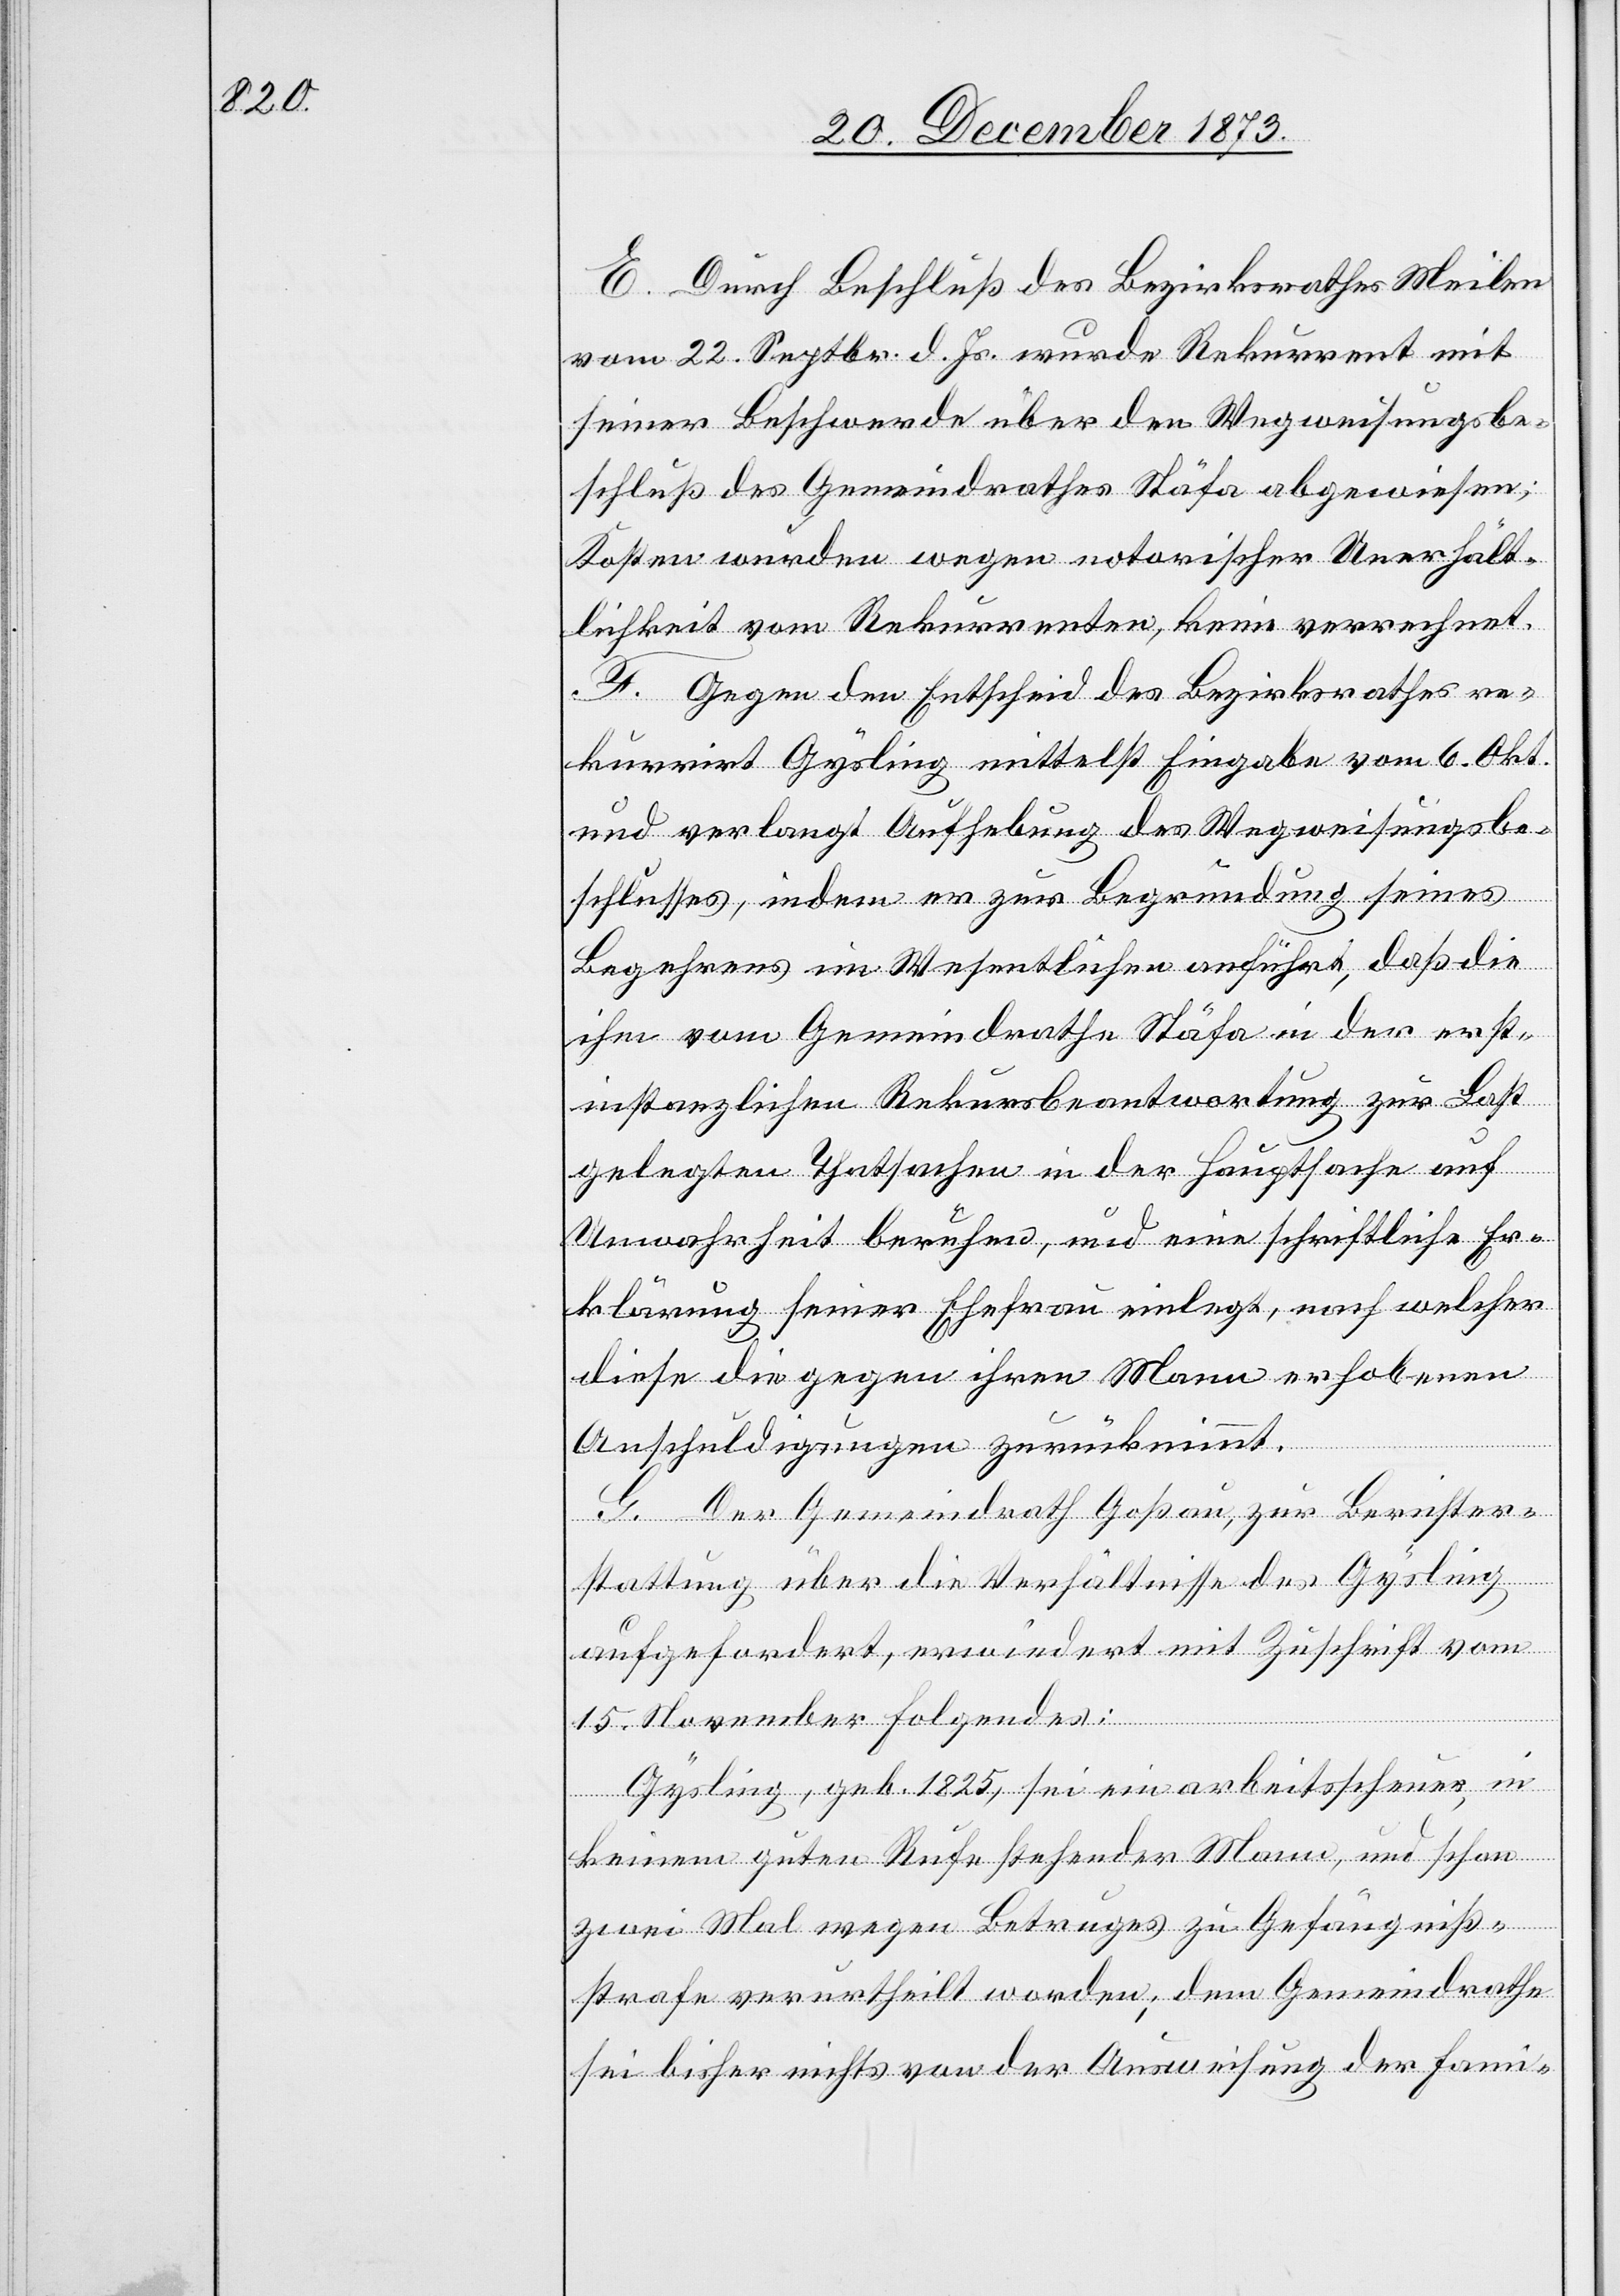
E. Durch Beschluß des Bezirksrathes Meilen
vom 22. Septbr. d. Js. wurde Rekurrent mit
seiner Beschwerde über den Wegweisungsbe¬
schluß des Gemeindrathes Stäfa abgewiesen;
Kosten wurden wegen notorischer Unerhält¬
lichkeit vom Rekurrenten, keine verrechnet.
F. Gegen den Entscheid des Bezirksrathes re¬
kurrirt Gysling mittelst Eingabe vom 6. Okt.
und verlangt Aufhebung des Wegweisungsbe¬
schlusses, indem er zur Begründung seines
Begehrens im Wesentlichen anführt, daß die
ihm vom Gemeindrathe Stäfa in der erst¬
instanzlichen Rekursbeantwortung zur Last
gelegten Thatsachen in der Hauptsache auf
Unwahrheit beruhen, und eine schriftliche Er¬
klärung seiner Ehefrau einlegt, nach welcher
diese die gegen ihren Mann erhobenen
Anschuldigungen zurücknimmt.
G. Der Gemeindrath Goßau, zur Berichter¬
stattung über die Verhältnisse des Gysling
aufgefordert, erwiedert mit Zuschrift vom
15. November Folgendes:
Gysling, geb. 1825, sei ein arbeitsscheuer, in
keinem guten Rufe stehender Mann, und schon
zwei Mal wegen Betruges zu Gefängniß¬
strafe verurtheilt worden; dem Gemeindrathe
sei bisher nichts von der Ausweisung der Fami-